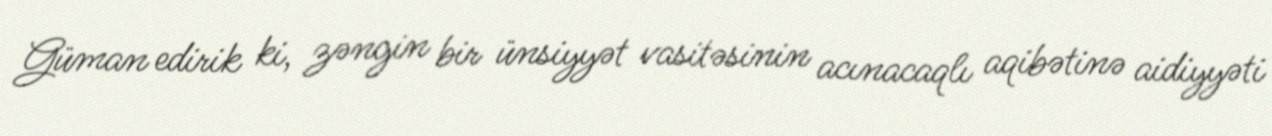
Güman edirik ki, zəngin bir ünsiyyət vasitəsinin acınacaqlı aqibətinə aidiyyəti